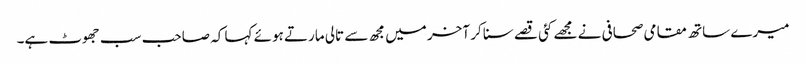
میرے ساتھ مقامی صحافی نے مجھے کئی قصے سنا کر آخر میں مجھ سے تالی مارتے ہوئے کہا کہ صاحب سب جھوٹ ہے۔